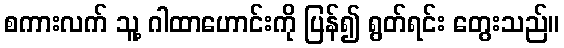
စကားလက် သူ့ ဂါထာဟောင်းကို ပြန်၍ ရွတ်ရင်း တွေးသည်။